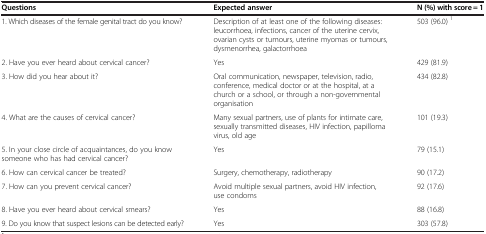
<table><thead><tr><td><b>Questions</b></td><td><b>Expected answer</b></td><td><b>N (%) with score = 1</b></td></tr></thead><tbody><tr><td>1. Which diseases of the female genital tract do you know?</td><td>Description of at least one of the following diseases: leucorrhoea, infections, cancer of the uterine cervix, ovarian cysts or tumours, uterine myomas or tumours, dysmenorrhea, galactorrhoea</td><td>503 (96.0) <sup>1</sup></td></tr><tr><td>2. Have you ever heard about cervical cancer?</td><td>Yes</td><td>429 (81.9)</td></tr><tr><td>3. How did you hear about it?</td><td>Oral communication, newspaper, television, radio, conference, medical doctor or at the hospital, at a church or a school, or through a non-governmental organisation</td><td>434 (82.8)</td></tr><tr><td>4. What are the causes of cervical cancer?</td><td>Many sexual partners, use of plants for intimate care, sexually transmitted diseases, HIV infection, papilloma virus, old age</td><td>101 (19.3)</td></tr><tr><td>5. In your close circle of acquaintances, do you know someone who has had cervical cancer?</td><td>Yes</td><td>79 (15.1)</td></tr><tr><td>6. How can cervical cancer be treated?</td><td>Surgery, chemotherapy, radiotherapy</td><td>90 (17.2)</td></tr><tr><td>7. How can you prevent cervical cancer?</td><td>Avoid multiple sexual partners, avoid HIV infection, use condoms</td><td>92 (17.6)</td></tr><tr><td>8. Have you ever heard about cervical smears?</td><td>Yes</td><td>88 (16.8)</td></tr><tr><td>9. Do you know that suspect lesions can be detected early?</td><td>Yes</td><td>303 (57.8)</td></tr></tbody></table>